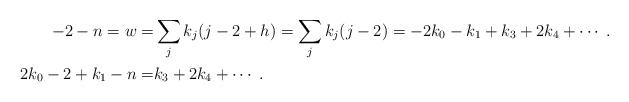
\begin{align*} -2-n =w =& \sum_{j} k_j(j-2+h) = \sum_{j}k_j(j-2) = -2k_{0} -k_{1} +k_{3} + 2 k_{4} + \cdots \;. \\ 2k_{0}-2 +k_{1}-n =& k_{3} + 2 k_{4} + \cdots \;. \end{align*}